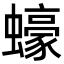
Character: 蠔